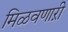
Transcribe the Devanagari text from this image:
मिळवणाऱी